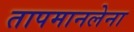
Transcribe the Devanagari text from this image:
तापमानलेना